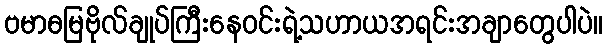
ဗမာဓမြဗိုလ်ချုပ်ကြီးနေဝင်းရဲ့သဟာယအရင်းအချာတွေပါပဲ။